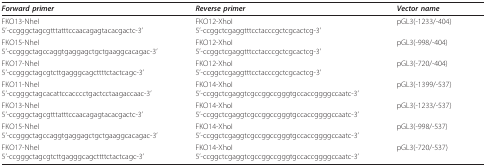
| Forward primer | Reverse primer | Vector name |
 | --- | --- | --- |
 | FKO13-NheI5'-ccgggctagcgtttatttccaacagagtacacgactc-3' | FKO12-XhoI5'-ccggctcgaggtttcctacccgctcgcactcg-3' | pGL3(-1233/-404) |
 | FKO15-NheI5'-ccgggctagccaggtgaggagctgctgaaggcacagac-3' | FKO12-XhoI5'-ccggctcgaggtttcctacccgctcgcactcg-3' | pGL3(-998/-404) |
 | FKO17-NheI5'-ccgggctagcgtcttgagggcagcttttctactcagc-3' | FKO12-XhoI5'-ccggctcgaggtttcctacccgctcgcactcg-3' | pGL3(-720/-404) |
 | FKO11-NheI5'-ccgggctagcacattccacccctgactcctaagaccaac-3' | FKO14-XhoI5'-ccggctcgaggtcgccggccgggtgccaccggggccaatc-3' | pGL3(-1399/-537) |
 | FKO13-NheI5'-ccgggctagcgtttatttccaacagagtacacgactc-3' | FKO14-XhoI5'-ccggctcgaggtcgccggccgggtgccaccggggccaatc-3' | pGL3(-1233/-537) |
 | FKO15-NheI5'-ccgggctagccaggtgaggagctgctgaaggcacagac-3' | FKO14-XhoI5'-ccggctcgaggtcgccggccgggtgccaccggggccaatc-3' | pGL3(-998/-537) |
 | FKO17-NheI5'-ccgggctagcgtcttgagggcagcttttctactcagc-3' | FKO14-XhoI5'-ccggctcgaggtcgccggccgggtgccaccggggccaatc-3' | pGL3(-720/-537) |